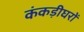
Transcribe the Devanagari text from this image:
कंकड़ीघरों